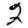
Digit: 2